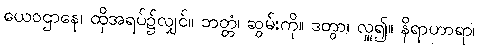
ယေဝဌာနေ၊ ထိုအရပ်၌လျှင်။ ဘတ္တံ၊ ဆွမ်းကို။ ဒတွာ၊ လှူ၍။ နိရာဟာရာ၊